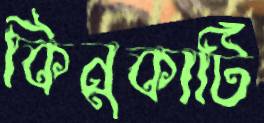
কিনুকাটি